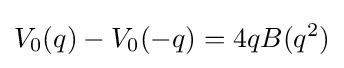
V_{0}(q)-V_{0}(-q)=4qB(q^{2})